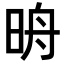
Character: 𣆔